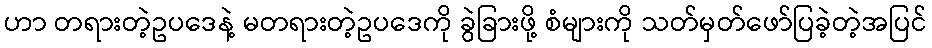
ဟာ တရားတဲ့ဥပဒေနဲ့ မတရားတဲ့ဥပဒေကို ခွဲခြားဖို့ စံများကို သတ်မှတ်ဖော်ပြခဲ့တဲ့အပြင်